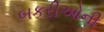
બકરીઓની